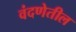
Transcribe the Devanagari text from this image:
वंदणेतील